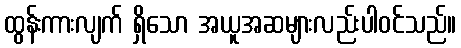
ထွန်းကားလျက် ရှိသော အယူအဆများလည်းပါဝင်သည်။